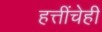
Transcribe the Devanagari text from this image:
हत्तींचेही